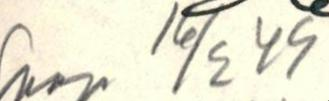
Saap 16/2 49